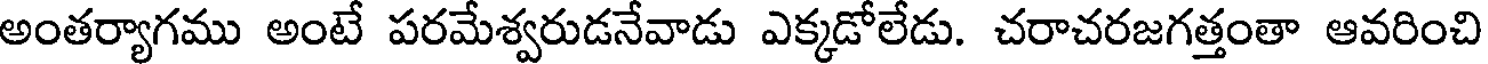
అంతర్యాగము అంటే పరమేశ్వరుడనేవాడు ఎక్కడోలేడు. చరాచరజగత్తంతా ఆవరించి